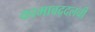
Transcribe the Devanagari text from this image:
कामाबद्दलची